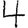
Digit: 4